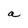
Character: a